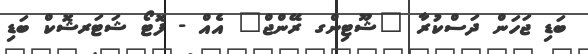
ބަޑި ޖަހަން ދަސްކުރާ "ޝޫޓިންގ ރޭންޖް" އެއް - ފޮޓޯ ޝަޓަރޝޮކް ބަޑި